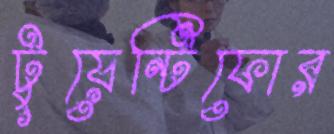
টুয়েন্টিফোর